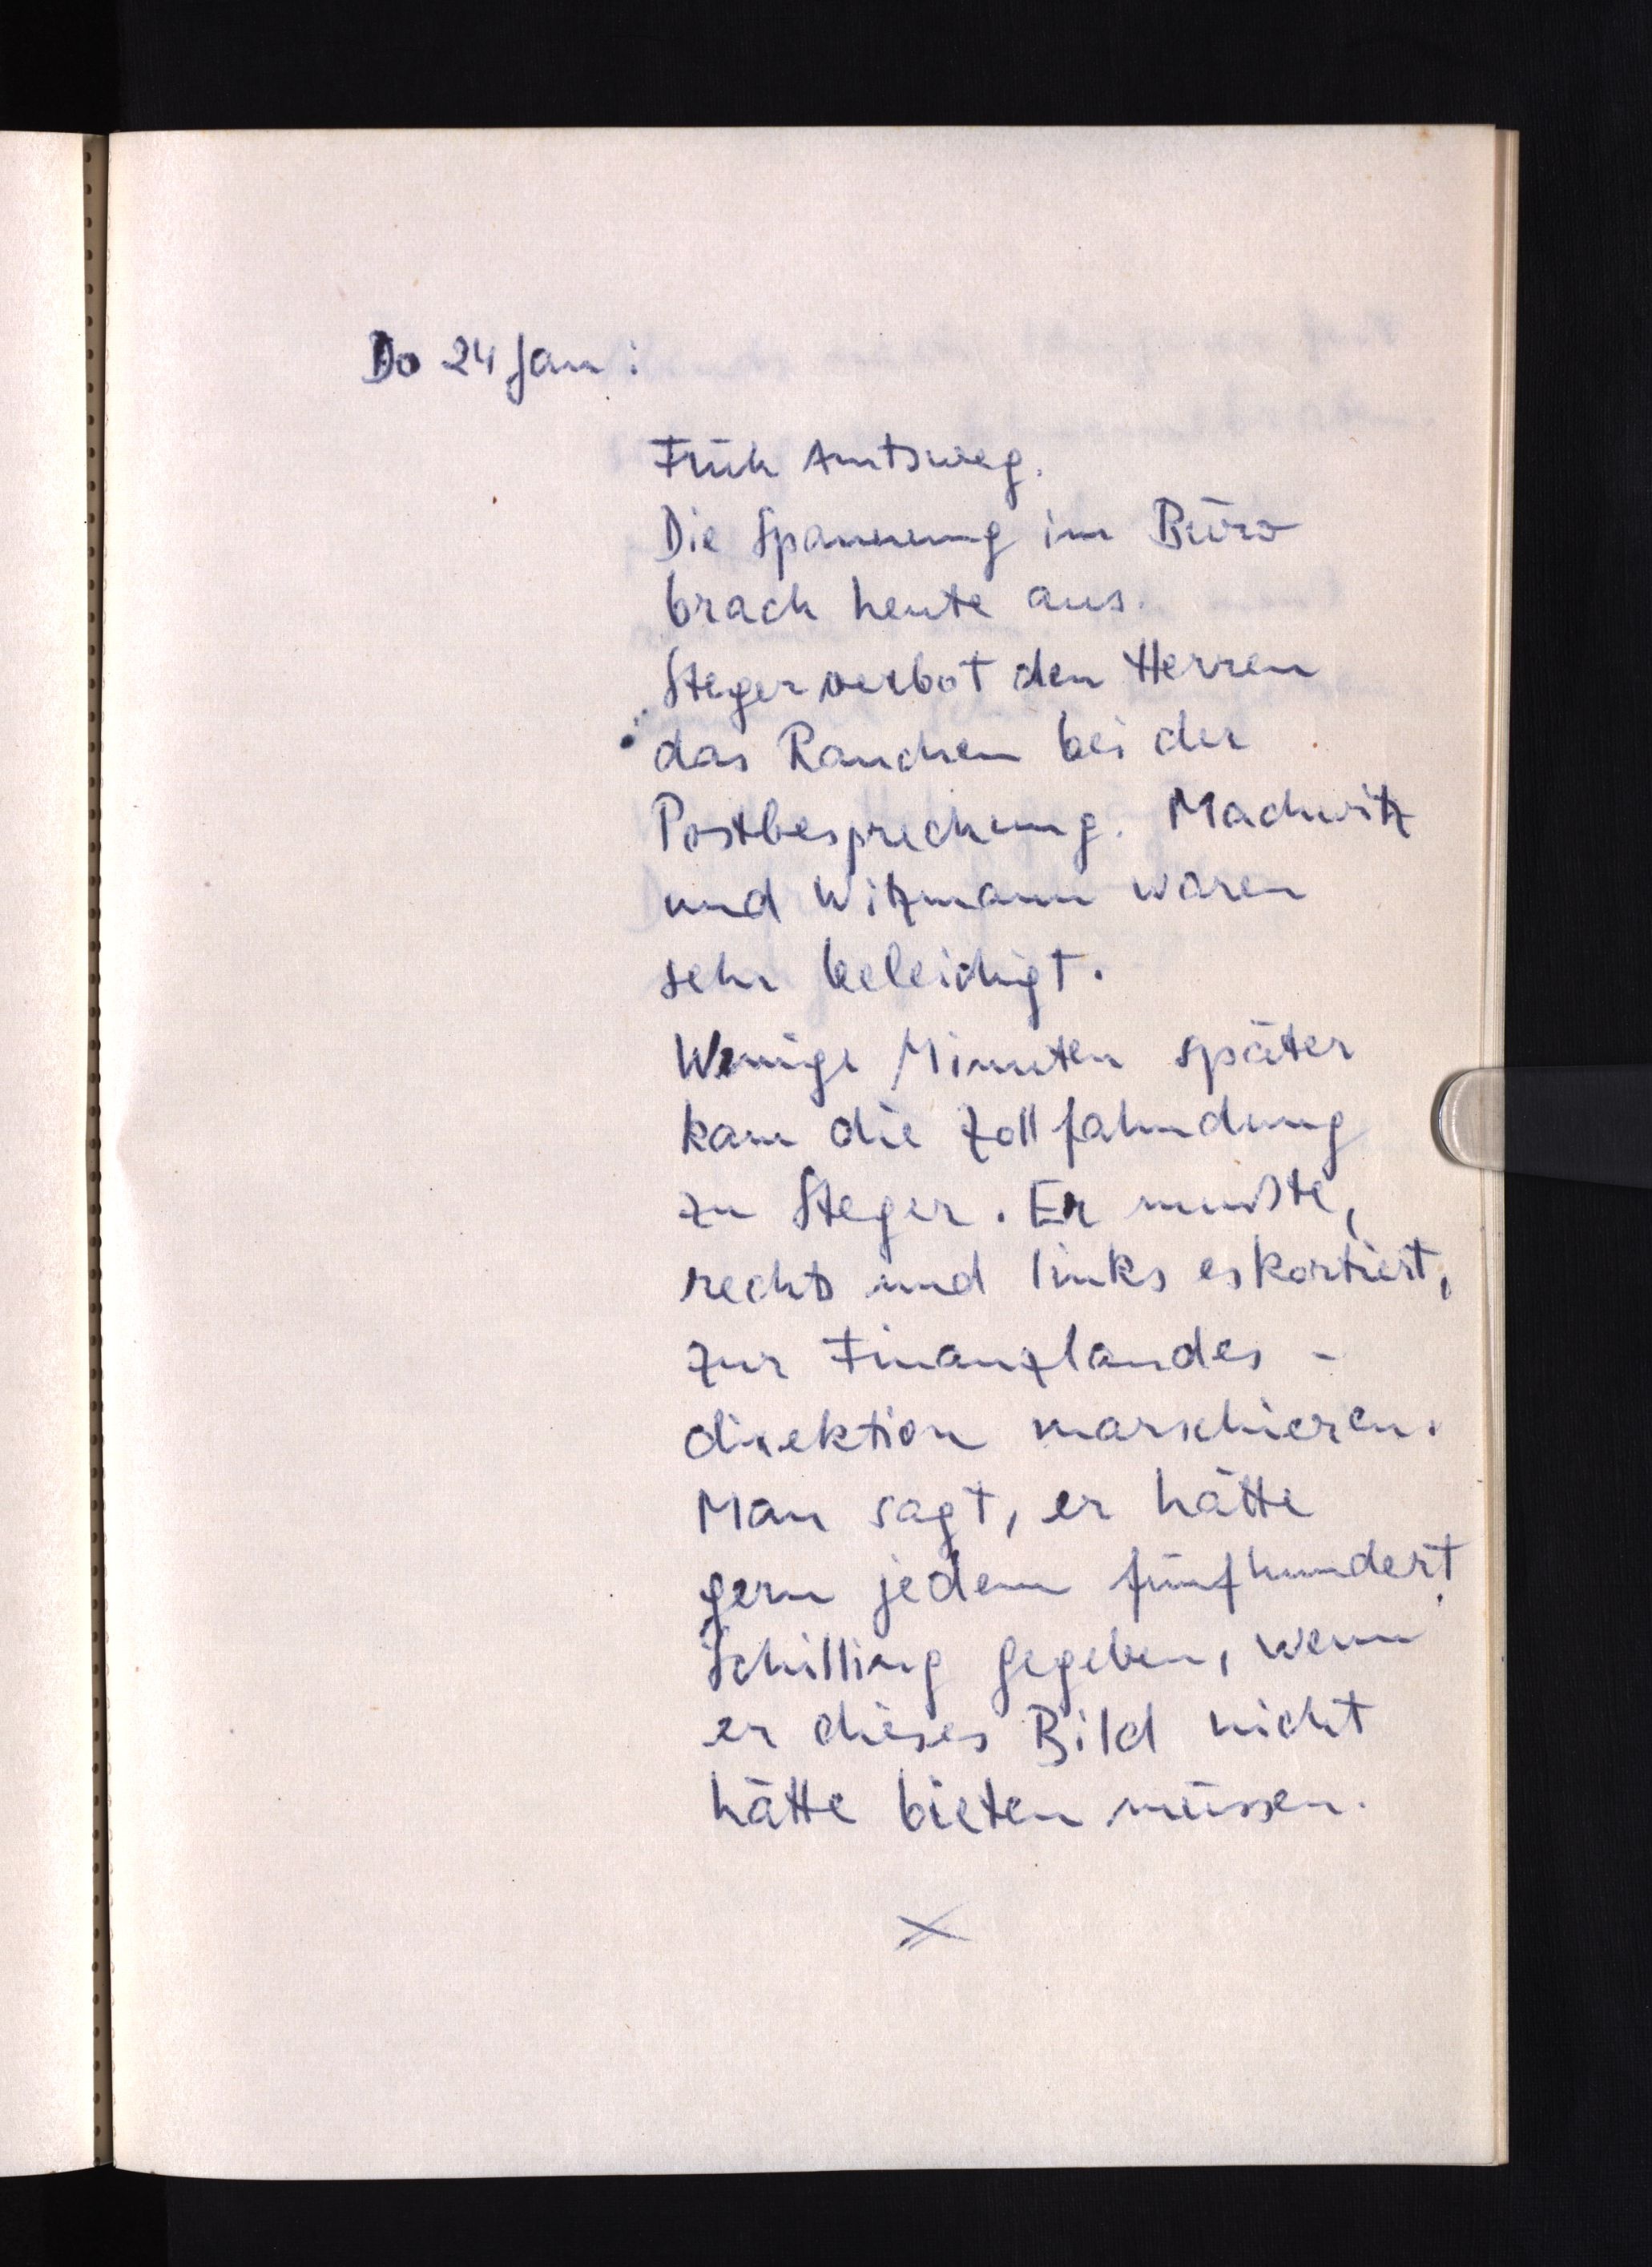
Do 24 Jan:
Früh Amtsweg.
Die Spannung im Büro
brach heute aus.
Steger verbot den Herren
das Rauchen bei der
Postbesprechung. Machwitz
und Witzmann waren
sehr beleidigt.
Wenige Minuten später
kam die Zollfahndung
zu Steger. Er mußte,
rechts und links eskortiert,
zur Finanzlandes¬
direktion marschieren.
Man sagt, er hätte
gern jedem fünfhundert
Schilling gegeben, wenn
er dieses Bild nicht
hätte bieten müssen.